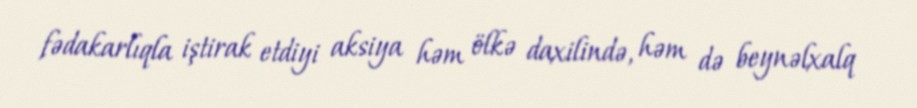
fədakarlıqla iştirak etdiyi aksiya həm ölkə daxilində, həm də beynəlxalq